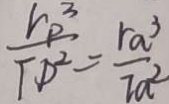
\frac { r p ^ { 3 } } { T D ^ { 2 } } = \frac { r a ^ { 3 } } { 2 a ^ { 2 } }